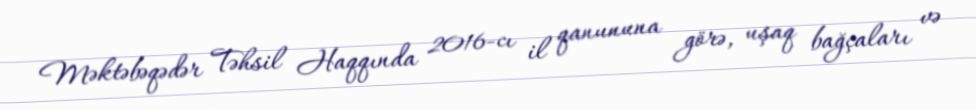
Məktəbəqədər Təhsil Haqqında 2016-cı il qanununa görə, uşaq bağçaları və